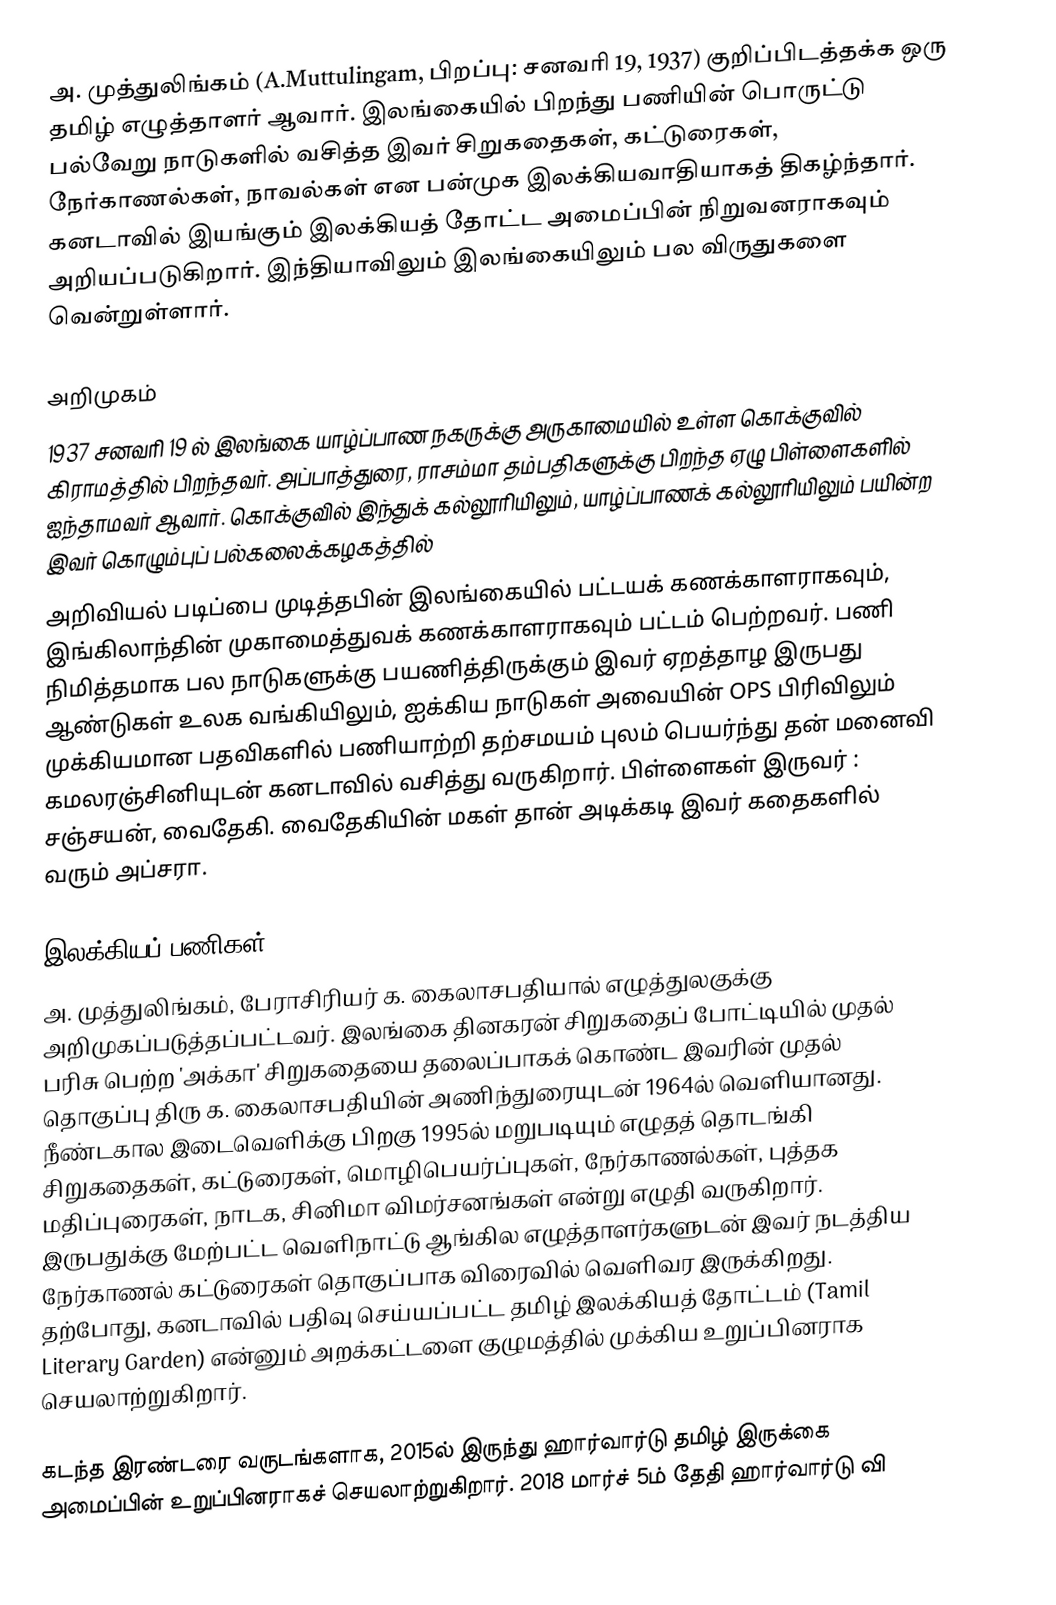
அ. முத்துலிங்கம் (A.Muttulingam, பிறப்பு: சனவரி 19, 1937) குறிப்பிடத்தக்க ஒரு தமிழ் எழுத்தாளர் ஆவார். இலங்கையில் பிறந்து பணியின் பொருட்டு பல்வேறு நாடுகளில் வசித்த இவர் சிறுகதைகள், கட்டுரைகள், நேர்காணல்கள், நாவல்கள் என பன்முக இலக்கியவாதியாகத் திகழ்ந்தார். கனடாவில் இயங்கும் இலக்கியத் தோட்ட அமைப்பின் நிறுவனராகவும் அறியப்படுகிறார். இந்தியாவிலும் இலங்கையிலும் பல விருதுகளை வென்றுள்ளார்.

அறிமுகம்
1937 சனவரி 19 ல் இலங்கை யாழ்ப்பாண நகருக்கு அருகாமையில் உள்ள கொக்குவில் கிராமத்தில் பிறந்தவர். அப்பாத்துரை, ராசம்மா தம்பதிகளுக்கு பிறந்த ஏழு பிள்ளைகளில் ஐந்தாமவர் ஆவார். கொக்குவில் இந்துக் கல்லூரியிலும், யாழ்ப்பாணக் கல்லூரியிலும் பயின்ற இவர் கொழும்புப் பல்கலைக்கழகத்தில்
அறிவியல் படிப்பை முடித்தபின் இலங்கையில் பட்டயக் கணக்காளராகவும், இங்கிலாந்தின் முகாமைத்துவக் கணக்காளராகவும் பட்டம் பெற்றவர். பணி நிமித்தமாக பல நாடுகளுக்கு பயணித்திருக்கும் இவர் ஏறத்தாழ இருபது ஆண்டுகள் உலக வங்கியிலும், ஐக்கிய நாடுகள் அவையின் OPS பிரிவிலும் முக்கியமான பதவிகளில் பணியாற்றி தற்சமயம் புலம் பெயர்ந்து தன் மனைவி கமலரஞ்சினியுடன் கனடாவில் வசித்து வருகிறார். பிள்ளைகள் இருவர் : சஞ்சயன், வைதேகி. வைதேகியின் மகள் தான் அடிக்கடி இவர் கதைகளில் வரும் அப்சரா.

இலக்கியப் பணிகள்
அ. முத்துலிங்கம், பேராசிரியர் க. கைலாசபதியால் எழுத்துலகுக்கு அறிமுகப்படுத்தப்பட்டவர். இலங்கை தினகரன் சிறுகதைப் போட்டியில் முதல் பரிசு பெற்ற 'அக்கா' சிறுகதையை தலைப்பாகக் கொண்ட இவரின் முதல் தொகுப்பு திரு க. கைலாசபதியின் அணிந்துரையுடன் 1964ல் வெளியானது. நீண்டகால இடைவெளிக்கு பிறகு 1995ல் மறுபடியும் எழுதத் தொடங்கி சிறுகதைகள், கட்டுரைகள், மொழிபெயர்ப்புகள், நேர்காணல்கள், புத்தக மதிப்புரைகள், நாடக, சினிமா விமர்சனங்கள் என்று எழுதி வருகிறார். இருபதுக்கு மேற்பட்ட வெளிநாட்டு ஆங்கில எழுத்தாளர்களுடன் இவர் நடத்திய நேர்காணல் கட்டுரைகள் தொகுப்பாக விரைவில் வெளிவர இருக்கிறது. தற்போது, கனடாவில் பதிவு செய்யப்பட்ட தமிழ் இலக்கியத் தோட்டம் (Tamil Literary Garden) என்னும் அறக்கட்டளை குழுமத்தில் முக்கிய உறுப்பினராக செயலாற்றுகிறார்.

கடந்த இரண்டரை வருடங்களாக, 2015ல் இருந்து ஹார்வார்டு தமிழ் இருக்கை அமைப்பின் உறுப்பினராகச் செயலாற்றுகிறார். 2018 மார்ச் 5ம் தேதி ஹார்வார்டு வி